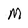
Character: M